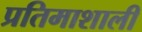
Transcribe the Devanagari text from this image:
प्रतिमाशाली